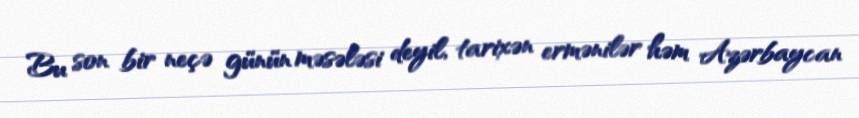
Bu son bir neçə günün məsələsi deyil, tarixən ermənilər həm Azərbaycan